Lunatic asylums Burma 1907-21 - 1907-1921
Year: 1907
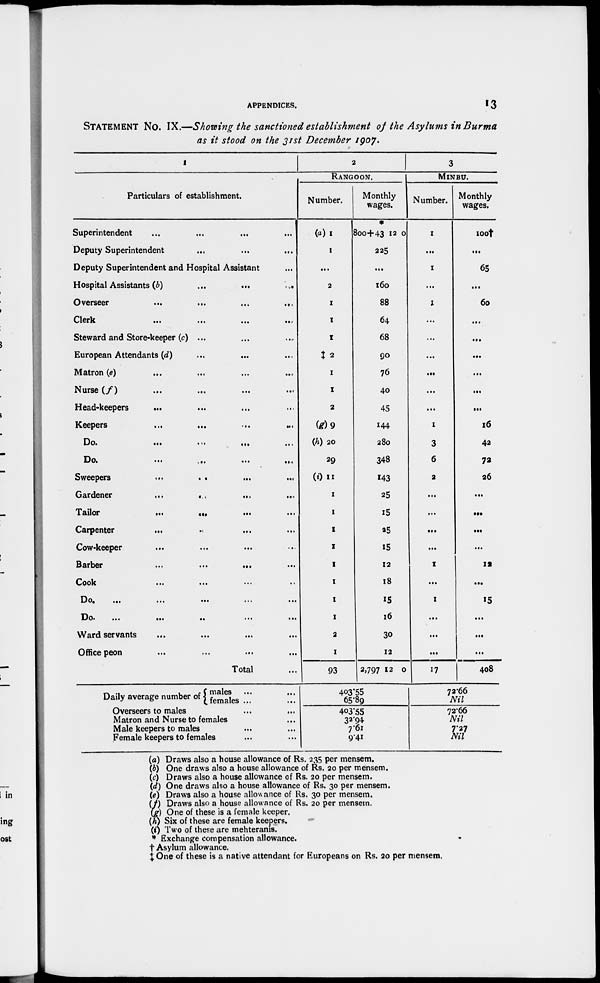
APPENDICES.
13
STATEMENT No. IX.—Showing the sanctioned establishment of the Asylums in Burma
as it stood on the 31st December 1907.
1
Particulars of establishment.
Superintendent
Deputy Superintendent ... ... ... ...
Deputy Superintendent and Hospital Assistant ...
Hospital Assistants (b)
...
...
...
Overseer
...
...
...
...
Clerk
...
...
...
...
Steward and Store-keeper (c) ... ... ...
European Attendants (d) ... ... ...
Matron (e) ... ... ... ...
Nurse (f) ... ... ... ...
Head-keepers ... ... ... ...
Keepers
...
...
...
...
Do.
...
...
...
...
Do.
...
...
...
...
Sweepers
...
...
...
...
Gardener
...
...
...
...
Tailor
...
...
...
...
Carpenter
...
...
...
...
Cow-keeper ... ... ... ...
Barber
...
...
...
...
Cook
...
...
...
...
Do.
...
...
...
...
...
Do.
...
...
...
...
...
Ward servants ... ... ... ...
Office peon ... ... ... ...
Total ...
Daily average number of
males ...
...
females ...
Overseers to males
Matron and Nurse to females
Male keepers to males
Female keepers to females
2
RANGOON.
Number.
(a) 1
1
...
2
1
1
1
‡2
1
1
2
(g)9
(h) 20
29
(i) 11
1
1
1
1
1
1
1
1
2
1
93
Monthly
wages.
*
800+43 12 0
225
...
160
88
64
68
90
76
40
45
144
280
348
143
25
15
25
15
12
18
15
16
30
12
2,797 12 0
403.55
65.89
403.55
32.94
7.61
9.41
3
MlNBU.
Number.
1
...
1
...
1
...
...
...
...
...
...
1
3
6
2
...
...
...
...
1
...
1
...
...
...
17
Monthly
wages.
100†
...
65
...
60
...
...
...
...
...
...
16
42
72
26
...
...
...
...
12
...
15
...
...
...
408
72.66
Nil
72.66
Nil
7.27
Nil
(a) Draws also a house allowance of Rs. 235 per mensem.
(b) One draws also a house allowance of Rs. 20 per mensem.
(c) Draws also a house allowance of Rs. 20 per mensem.
(d) One draws also a house allowance of Rs. 30 per mensem.
(e) Draws also a house allowance of Rs. 30 per mensem.
(f) Draws also a house allowance of Rs. 20 per mensem.
(g) One of these is a female keeper.
(h) Six of these are female keepers.
(i) Two of these are mehteranis.
* Exchange compensation allowance,
† Asylum allowance.
‡ One of these is a native attendant for Europeans on Rs. 20 per mensem.